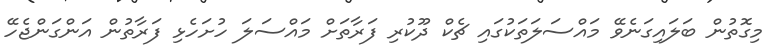
މިގޮތުން ބަލައިގަނެވޭ މައްސަލަަތަކުގައި ޗެކް ދޫކުރި ފަރާތަށް މައްސަލަ ހުށަހެޅި ފަރާތުން އަންގަންޖެހޭ